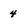
Character: 4